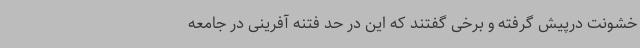
خشونت درپیش گرفته و برخی گفتند که این در حد فتنه آفرینی در جامعه